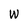
Character: W